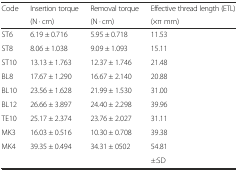
<table><thead><tr><td rowspan="2"><b>Code</b></td><td><b>Insertion torque</b></td><td><b>Removal torque</b></td><td><b>Effective thread length (ETL)</b></td></tr><tr><td><b>(N · cm)</b></td><td><b>(N · cm)</b></td><td><b>(×π mm)</b></td></tr></thead><tbody><tr><td>ST6</td><td>6.19 ± 0.716</td><td>5.95 ± 0.718</td><td>11.53</td></tr><tr><td>ST8</td><td>8.06 ± 1.038</td><td>9.09 ± 1.093</td><td>15.11</td></tr><tr><td>ST10</td><td>13.13 ± 1.763</td><td>12.37 ± 1.746</td><td>21.48</td></tr><tr><td>BL8</td><td>17.67 ± 1.290</td><td>16.67 ± 2.140</td><td>20.88</td></tr><tr><td>BL10</td><td>23.56 ± 1.628</td><td>21.99 ± 1.530</td><td>31.00</td></tr><tr><td>BL12</td><td>26.66 ± 3.897</td><td>24.40 ± 2.298</td><td>39.96</td></tr><tr><td>TE10</td><td>25.17 ± 2.374</td><td>23.76 ± 2.027</td><td>31.11</td></tr><tr><td>MK3</td><td>16.03 ± 0.516</td><td>10.30 ± 0.708</td><td>39.38</td></tr><tr><td>MK4</td><td>39.35 ± 0.494</td><td>34.31 ± 0502</td><td>54.81</td></tr><tr><td colspan="3"></td><td>±:SD</td></tr></tbody></table>